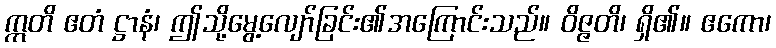
ဣတိ ဧတံ ဋ္ဌာနံ၊ ဤသို့မွေ့လျော်ခြင်း၏အကြောင်းသည်။ ဝိဇ္ဇတိ၊ ရှိ၏။ ဧကော၊